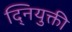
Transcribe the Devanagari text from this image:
द्नियुक्ती